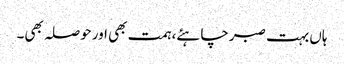
ہاں بہت صبرچاہئے، ہمت بھی اورحوصلہ بھی۔